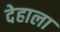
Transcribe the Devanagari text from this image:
देहाला